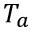
T _ { a }